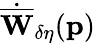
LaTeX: \dot{\overline{{\mathbf{W}}}}_{\delta\eta}(\mathbf{p})